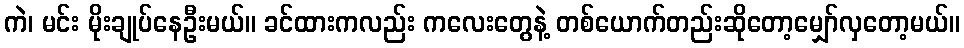
ကဲ၊ မင်း မိုးချုပ်နေဦးမယ်။ ခင်ထားကလည်း ကလေးတွေနဲ့ တစ်ယောက်တည်းဆိုတော့မျှော်လှတော့မယ်။